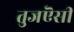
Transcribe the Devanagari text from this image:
तुजऎसी